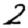
Digit: 2